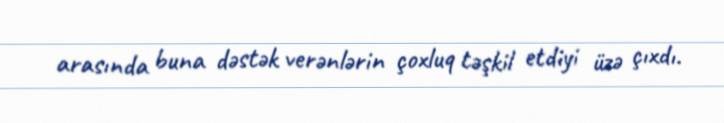
arasında buna dəstək verənlərin çoxluq təşkil etdiyi üzə çıxdı.